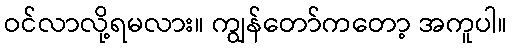
ဝင်လာလို့ရမလား။ ကျွန်တော်ကတော့ အကူပါ။